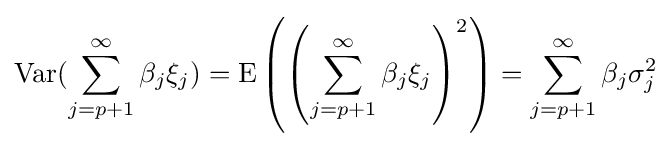
{\text{Var}}(\sum _{j=p+1}^{\infty }\beta _{j}\xi _{j})={\text{E}}\left(\left(\sum _{j=p+1}^{\infty }\beta _{j}\xi _{j}\right)^{2}\right)=\sum _{j=p+1}^{\infty }\beta _{j}\sigma _{j}^{2}